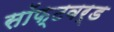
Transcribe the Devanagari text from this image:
सॉफ्टवर्ड